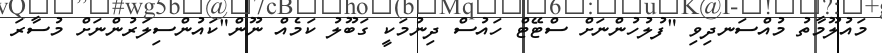
މައުލޫމާތު މުއްސަނދިވި "ފުލުހުންނަށް ސްޓޭޓް ހައުސް ދިނުމަކީ ގަބޫލު ކަމެއް ނޫން"ކައުންސިލަރުންނަށް މުސާރަ